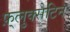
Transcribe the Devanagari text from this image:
फ़्लुक्सेटिन